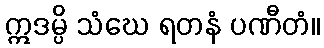
ဣဒမ္ပိ သံဃေ ရတနံ ပဏီတံ။